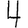
Digit: 4